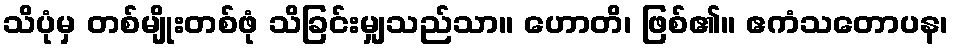
သိပုံမှ တစ်မျိုးတစ်ဖုံ သိခြင်းမျှသည်သာ။ ဟောတိ၊ ဖြစ်၏။ ဧကံသတောပန၊